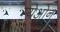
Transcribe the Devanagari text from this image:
म्येओन